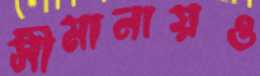
সীমানায়ও